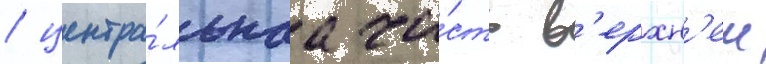
/ центра́льнаа ча́сть в'ерхн'еи